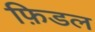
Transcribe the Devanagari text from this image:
फ़िडल